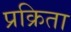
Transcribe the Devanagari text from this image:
प्रक्रिता